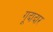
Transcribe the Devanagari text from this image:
गूदादार